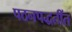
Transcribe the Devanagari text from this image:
पठनपद्धतींत